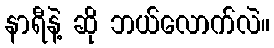
နာရီနဲ့ ဆို ဘယ်လောက်လဲ။